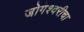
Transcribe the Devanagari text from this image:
जोगेश्वरीचा